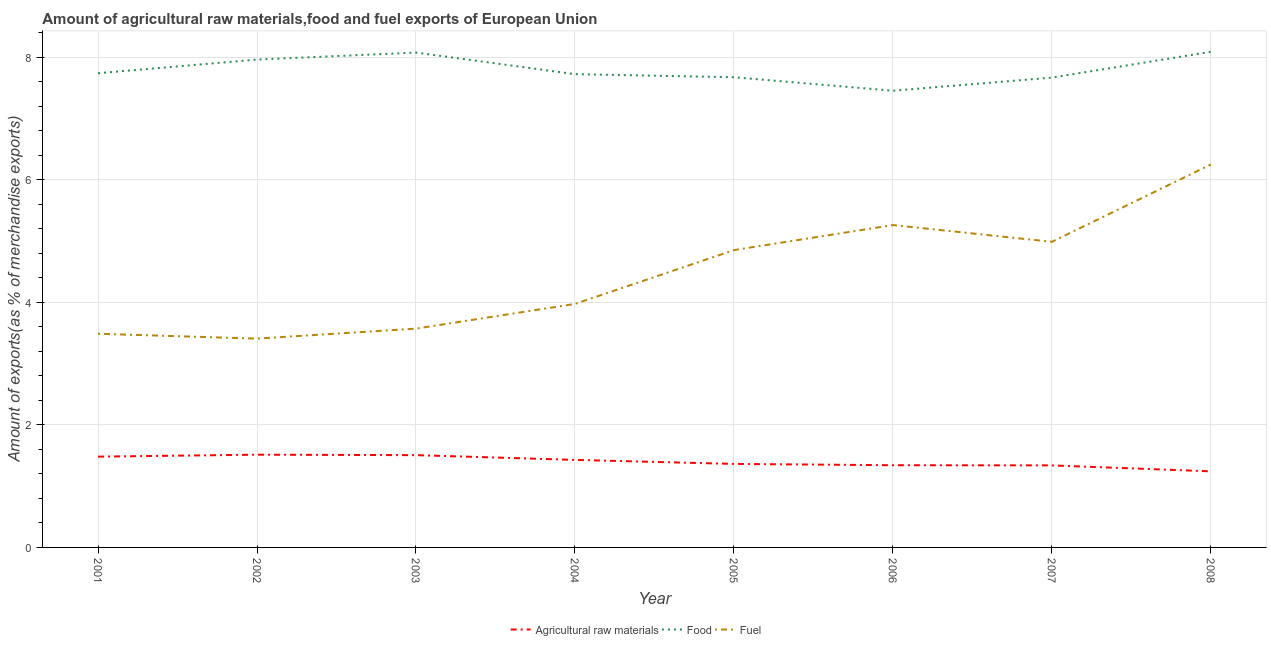
| Year | Agricultural raw materials | Food | Fuel |
 | --- | --- | --- | --- |
 | 2001 | 1.48 | 7.74 | 3.49 |
 | 2002 | 1.51 | 7.96 | 3.41 |
 | 2003 | 1.51 | 8.07 | 3.57 |
 | 2004 | 1.43 | 7.72 | 3.97 |
 | 2005 | 1.36 | 7.67 | 4.85 |
 | 2006 | 1.34 | 7.45 | 5.26 |
 | 2007 | 1.34 | 7.66 | 4.99 |
 | 2008 | 1.24 | 8.09 | 6.25 |